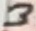
Text: 3